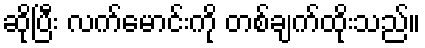
ဆိုပြီး လက်မောင်းကို တစ်ချက်ထိုးသည်။